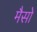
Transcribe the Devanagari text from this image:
मैसो